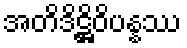
အတိဒိဋ္ဌိဝိပန္နဿ